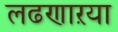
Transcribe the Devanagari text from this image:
लढणाऱया